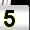
Digit: 5